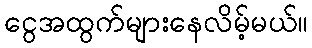
ငွေအထွက်များနေလိမ့်မယ်။